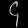
Digit: ၄